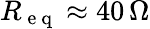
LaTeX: R_{\mathrm{~e~q~}}\approx 40\, \Omega